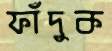
ফাঁদুক